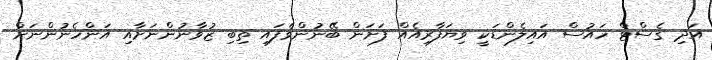
އަދި ގެސްޓް ހައުސް އައިލެންޑަކީ ވިޔަފާރިއެއް ފަށަން ބޭނުންވެފައި ތިބި ޒުވާނުންނަށާއި އަންހެނުންނަށް